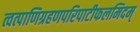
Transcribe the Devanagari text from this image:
त्वत्पाणिग्रहणपरिपाटीफलमिदम्